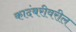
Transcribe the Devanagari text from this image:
कादंबरीवरील